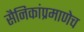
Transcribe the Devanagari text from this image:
सैनिकांप्रमाणेच